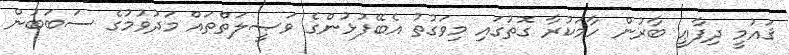
ޤައުމީ ދިފާޢީ ބާރުން ހާމަކުރާ ގޮތުގައި މިވަގުތު އެބޭފުޅުންގެ ވަޞީލަތްތައް މަދުވުމުގެ ސަބަބުން